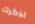
اذكرك